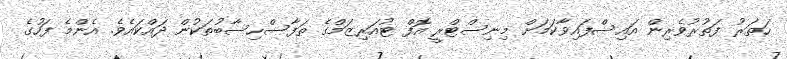
ހަތަރު ފަތުރުވެރިން އައިސްފައިވާކަމަށް މިނިސްޓްރީ އޮފް ޓުއަރިޒަމްގެ ތަފާސްހިސާބުތަކުން ދައްކައެވެ. އެންމެ ފަހުގެ